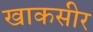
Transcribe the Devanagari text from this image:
खाकसीर